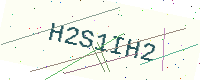
Text: H2S1IH2